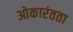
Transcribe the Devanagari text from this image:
ओकारंतता